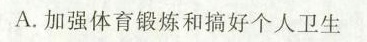
A.加强体育锻炼和搞好个人卫生